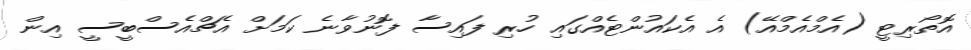
އޮތޯރިޓީ (އެމްއެމްއޭ) އެ އެކައުންޓެއްގައި ހުރި ފައިސާ ފޮނުވާނެ ކަމަށް އެޗްއެސްބީސީ އިން